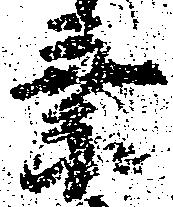
乗